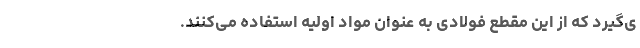
ی‌گیرد که از این مقطع فولادی به عنوان مواد اولیه استفاده می‌کنند.